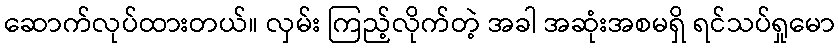
ဆောက်လုပ်ထားတယ်။ လှမ်း ကြည့်လိုက်တဲ့ အခါ အဆုံးအစမရှိ ရင်သပ်ရှုမော